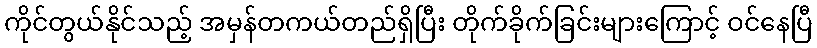
ကိုင်တွယ်နိုင်သည့် အမှန်တကယ်တည်ရှိပြီး တိုက်ခိုက်ခြင်းများကြောင့် ဝင်နေပြီ